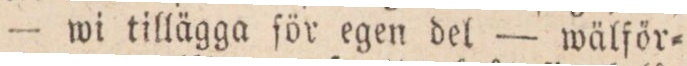
wi tillägga för egen del — wälför=